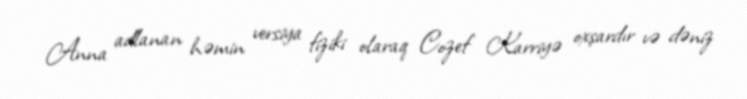
Anna adlanan həmin versiya fiziki olaraq Cozef Karriyə oxşardır və dəniz